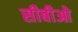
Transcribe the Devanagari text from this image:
सीबीओ